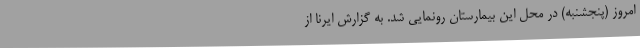
امروز (پنجشنبه) در محل این بیمارستان رونمایی شد. به گزارش ایرنا از